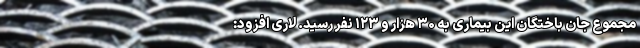
مجموع جان باختگان این بیماری به ۳۰ هزار و ۱۲۳ نفر رسید. لاری افزود: